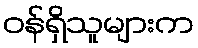
ဝန်ရှိသူများက